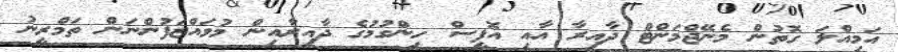
އަމިއްލަ ގޮތުން މެނޭޖްމަންޓް ދާއިރާ އާއި އޮފީސް ހިންގުމުގެ ދާއިރާއިން މުވައްޒަފުންނަން ތަމްރީނު